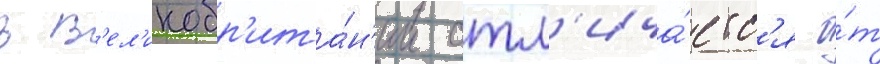
в в'ел'икобр'ита́н'ии отл'ича́етс'я о́т